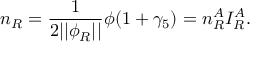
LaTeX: n _ { R } = \frac 1 { 2 | | \phi _ { R } | | } \phi ( 1 + \gamma _ { 5 } ) = n _ { R } ^ { A } I _ { R } ^ { A } .